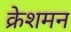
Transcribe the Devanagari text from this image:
क्रेशमन